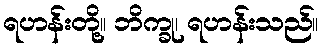
ရဟန်းတို့။ ဘိက္ခု၊ ရဟန်းသည်။